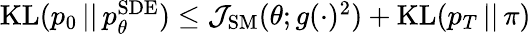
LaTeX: \begin{array}{r}{\mathrm{KL}(p_{0}\, ||\, p_{\theta}^{\mathrm{SDE}})\leq\mathcal{J}_{\mathrm{SM}}(\theta;g(\cdot)^{2})+\mathrm{KL}(p_{T}\, ||\, \pi)}\end{array}